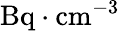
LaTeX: \mathrm{Bq\cdot cm^{-3}}